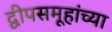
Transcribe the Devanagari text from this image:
द्वीपसमूहांच्या